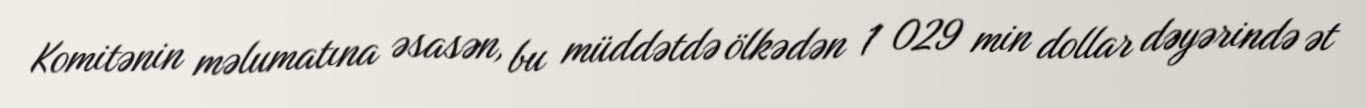
Komitənin məlumatına əsasən, bu müddətdə ölkədən 1 029 min dollar dəyərində ət